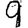
Digit: 9